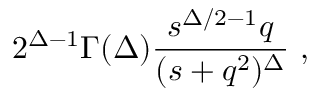
2 ^ { \Delta - 1 } \Gamma ( \Delta ) \frac { s ^ { \Delta / 2 - 1 } q } { ( s + q ^ { 2 } ) ^ { \Delta } } \ ,